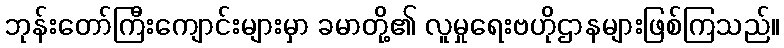
ဘုန်းတော်ကြီးကျောင်းများမှာ ခမာတို့၏ လူမှုရေးဗဟိုဌာနများဖြစ်ကြသည်။